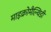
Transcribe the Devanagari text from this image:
माइक्रोमैल्थिडी